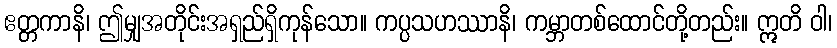
ဧတ္တကာနိ၊ ဤမျှအတိုင်းအရှည်ရှိကုန်သော။ ကပ္ပသဟဿာနိ၊ ကမ္ဘာတစ်ထောင်တို့တည်း။ ဣတိ ဝါ၊